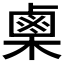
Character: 𭫪